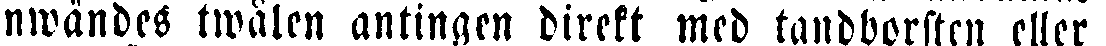
anwändes twålen antingen direkt med tandborsten eller